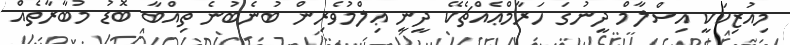
މިއުޒިކަކީ އިސްލާމް ދީނުގަ ހަރާމްޢެއްޗެކޭ ދީނީ ޢިލްމުވެރިން ބުނެބުނެ ތިއްބާ ބޮޑު މުބާރާތެއް